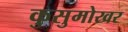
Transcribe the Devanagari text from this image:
कुसुमोखर